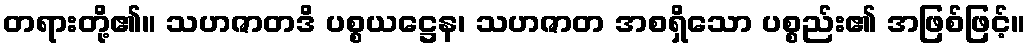
တရားတို့၏။ သဟဇာတဒိ ပစ္စယဋ္ဌေန၊ သဟဇာတ အစရှိသော ပစ္စည်း၏ အဖြစ်ဖြင့်။